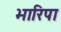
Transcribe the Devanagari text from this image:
भारिपा